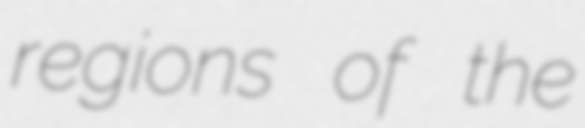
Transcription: regions of the